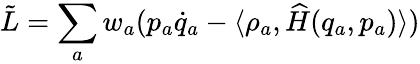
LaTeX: \tilde{L}=\sum_{a}w_{a}(p_{a}\dot{q}_{a}-\langle\rho_{a},\widehat H(q_{a},p_{a})\rangle)